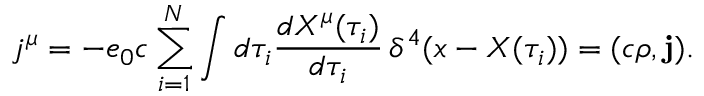
j ^ { \mu } = - e _ { 0 } c \sum _ { i = 1 } ^ { N } \int d \tau _ { i } \frac { d X ^ { \mu } ( \tau _ { i } ) } { d \tau _ { i } } \, \delta ^ { 4 } ( x - X ( \tau _ { i } ) ) = ( c \rho , { \mathbf j } ) .